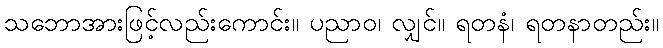
သဘောအားဖြင့်လည်းကောင်း။ ပညာဝ၊ လျှင်။ ရတနံ၊ ရတနာတည်း။